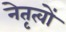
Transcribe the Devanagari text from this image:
नेतृत्वों